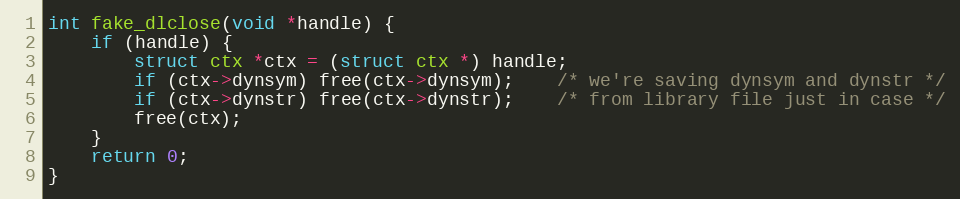
Language: C++
int fake_dlclose(void *handle) {
	if (handle) {
		struct ctx *ctx = (struct ctx *) handle;
		if (ctx->dynsym) free(ctx->dynsym);    /* we're saving dynsym and dynstr */
		if (ctx->dynstr) free(ctx->dynstr);    /* from library file just in case */
		free(ctx);
	}
	return 0;
}